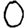
Digit: 0